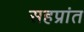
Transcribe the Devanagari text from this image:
सहप्रांत